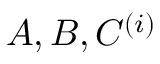
A , B , C ^ { ( i ) }